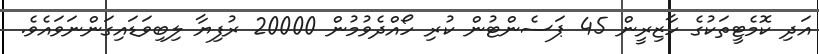
އަދި ކޮމެޓީތަކުގެ ހާޒިރީން 45 ޕަސެންޓުން ކުރި ހޯއްދެވުމުން 20000 ރުފިޔާ ލިބިވަޑައިގަންނަވައެވެ.